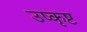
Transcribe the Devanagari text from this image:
उष्कृष्ट